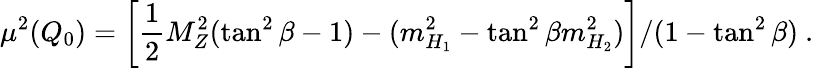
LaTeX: \mu^{2}(Q_{0})=\left[\frac{1}{2}M_{Z}^{2}(\tan^{2}\beta-1)-(m_{H_{1}}^{2}-\tan^{2}\beta m_{H_{2}}^{2})\right]/(1-\tan^{2}\beta)~.